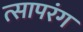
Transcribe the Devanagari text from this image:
त्सापरंग